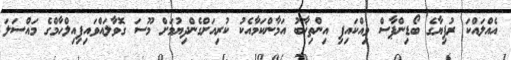
އެއްލައްކަ ރުފިޔާގެ ބޯޑިންޕާސް ވިއްކައިފި އިންތިޚާބު އަމާންކަމާއެކު ކުރިއަށްގެންދިޔުމަށް މޫސަ ގޮވާލައްވައިފިއިލްހާމްގެ މައްސަލަ